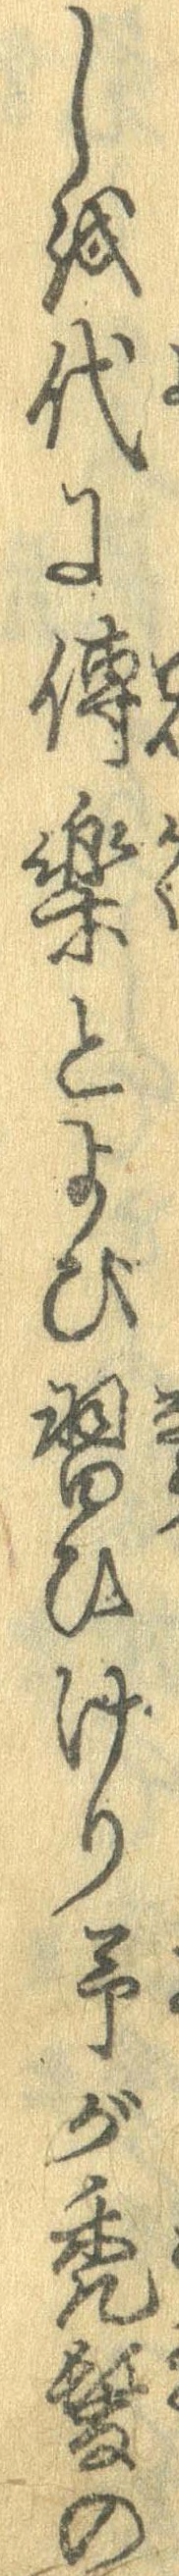
しを代に伝楽とよび習ひけり予が禿髪の